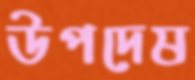
উপদেষ